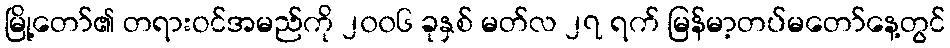
မြို့တော်၏ တရားဝင်အမည်ကို ၂၀၀၆ ခုနှစ် မတ်လ ၂၇ ရက် မြန်မာ့တပ်မတော်နေ့တွင်